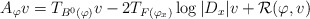
\begin{align*}A_\varphi v = T_{B^0(\varphi)} v - 2 T_{F(\varphi_x)} \log|D_x| v + \mathcal{R}(\varphi, v)\end{align*}